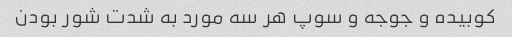
کوبیده و جوجه و سوپ هر سه مورد به شدت شور بودن